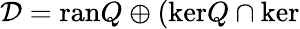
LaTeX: \mathcal{D}=\mathrm{ran}Q\oplus(\mathrm{ker}Q\cap\mathrm{ker}